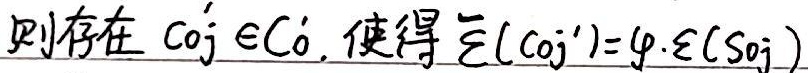
则存在$c_{0j}'\in C_0'$，使得$\overline{\varepsilon}(c_{0j}')=\varphi\cdot\varepsilon(s_{0j})$。